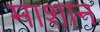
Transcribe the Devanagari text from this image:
माशान